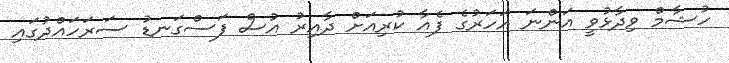
ހުޝާމް ވިދާޅުވީ އަންނަ އަހަރުގެ ފެއާ ކުރިއަށް ދާއިރު އުސް ފަސްގަނޑު ސަރަހައްދުގައި